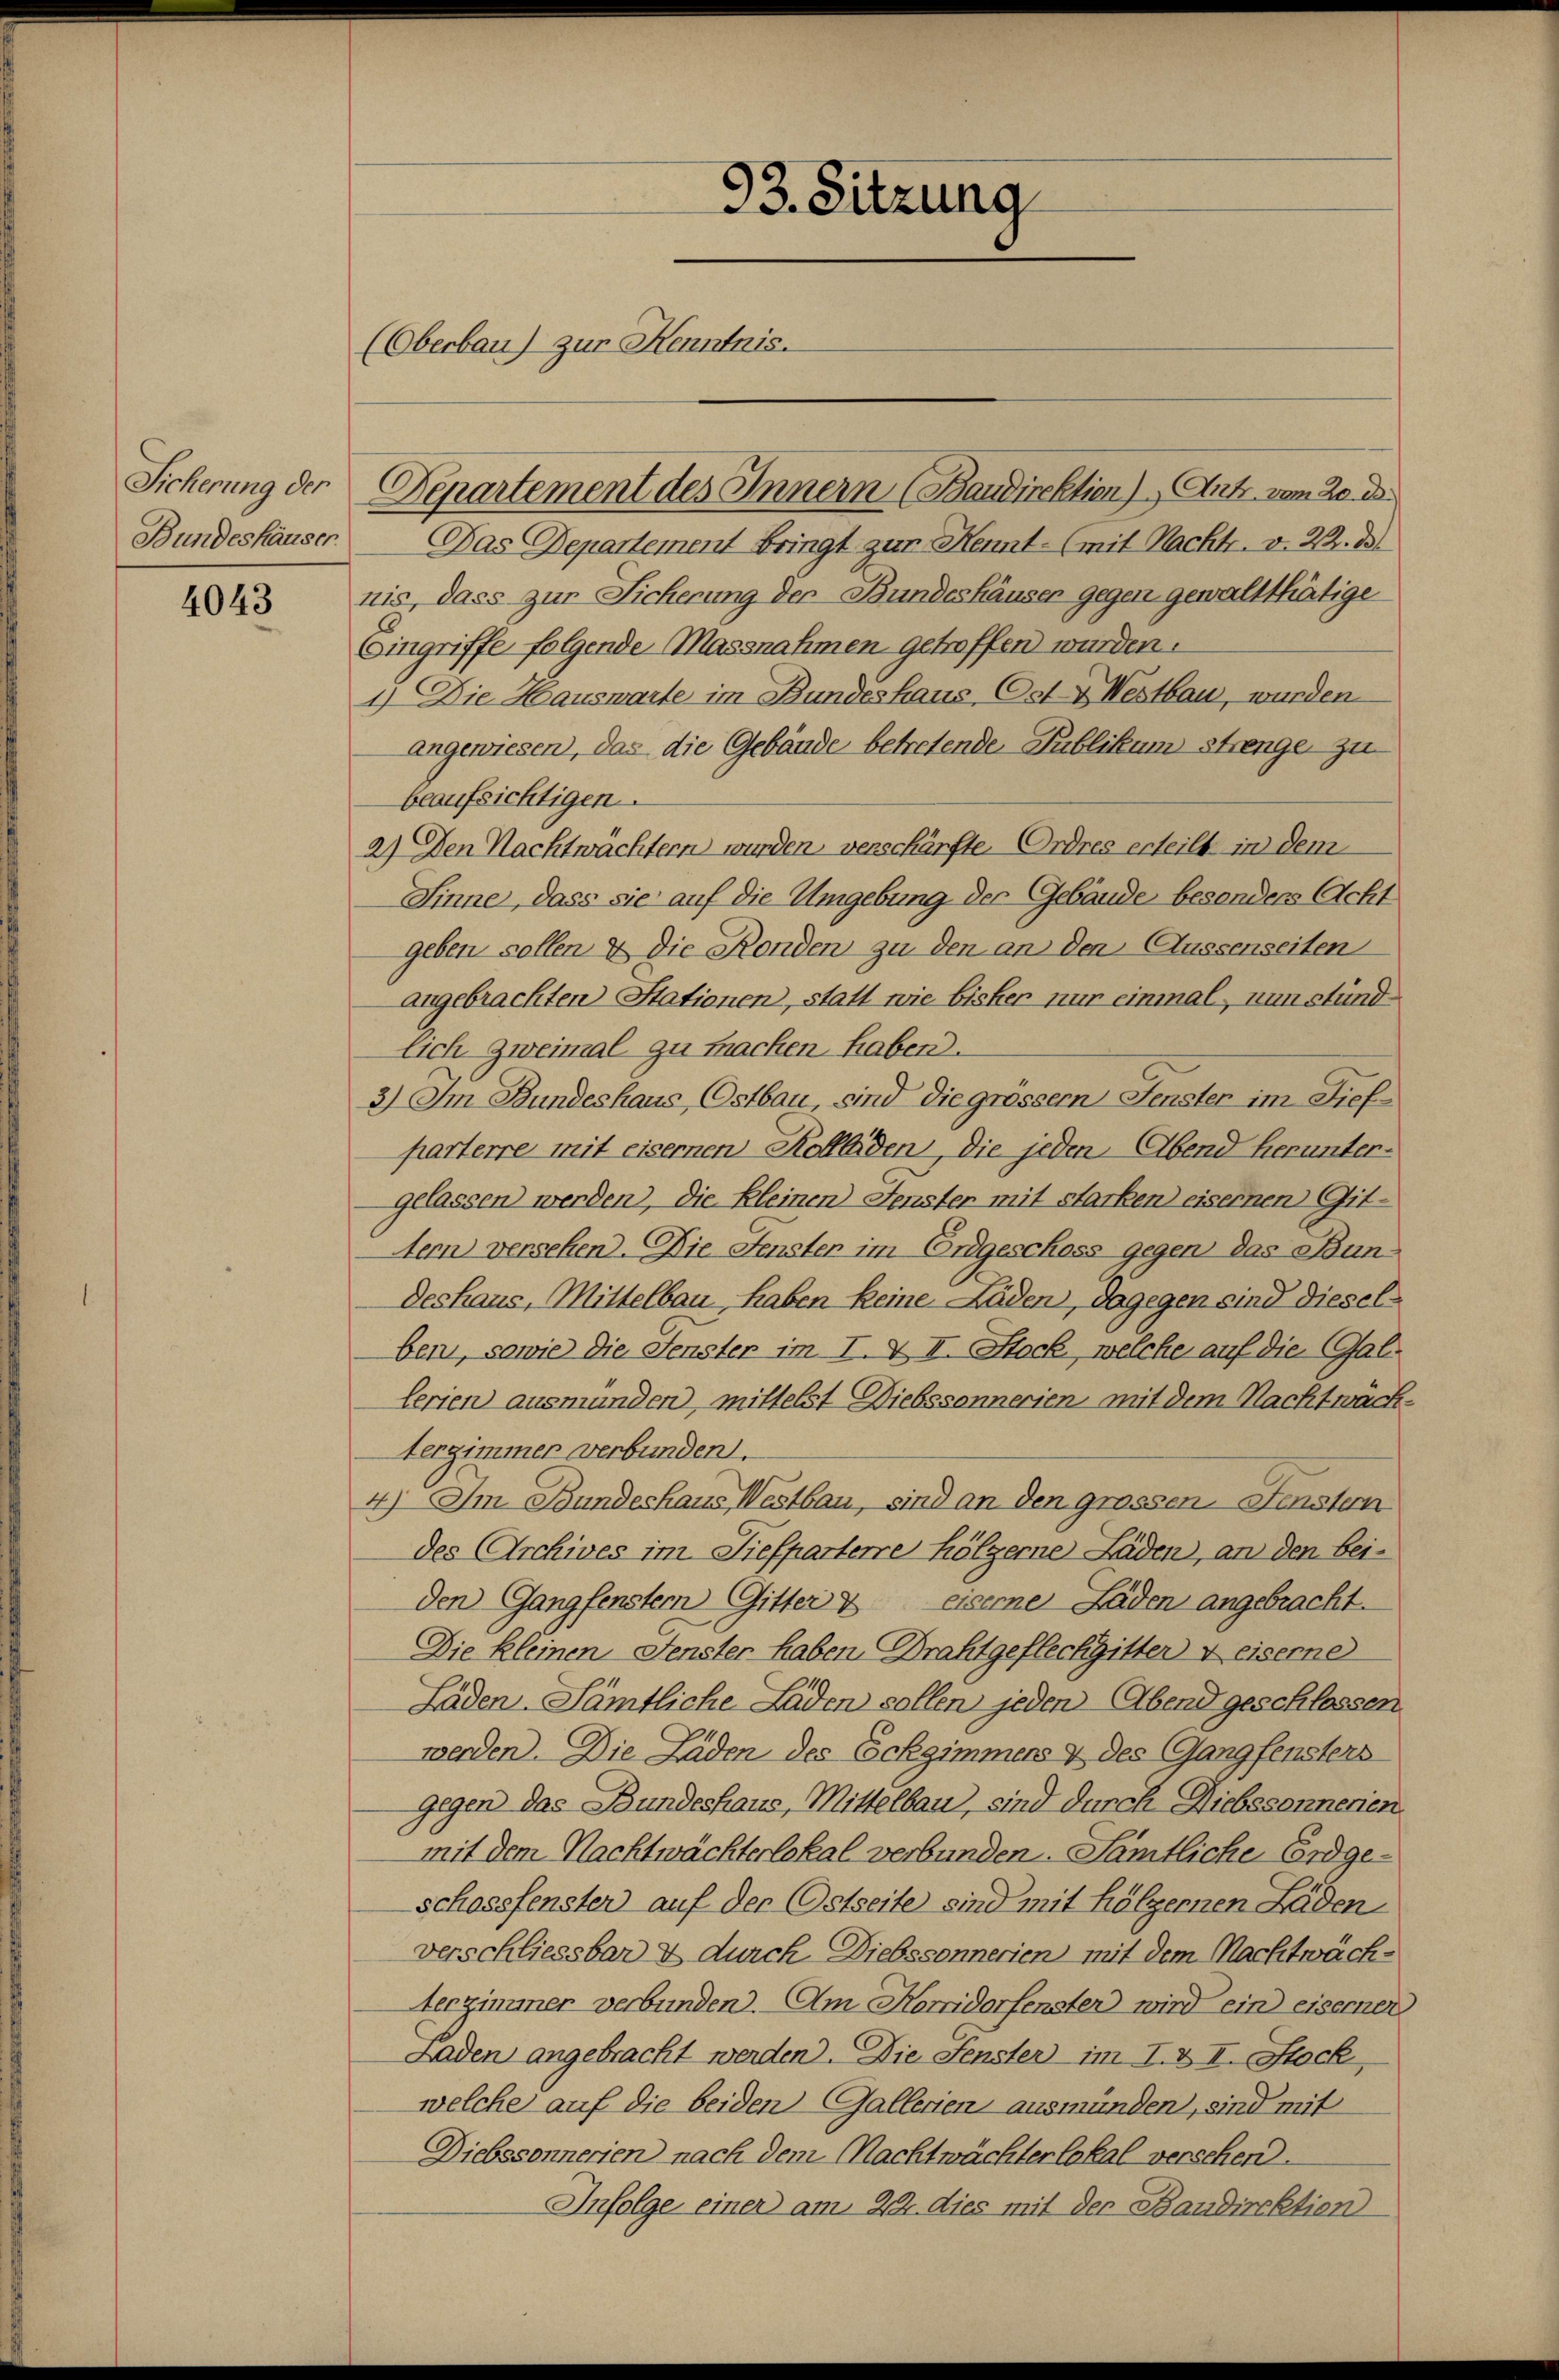
Sicherung der
Bundeshäuser.

4043

93. Sitzung
(Oberbau) zur Kenntnis.

Departement des Innern (Baudirektion) Antr. vom 20. d.
Das Departement bringt zur Kennt- (mit Nachtr. v. 22. d.
nis, dass zur Sicherung der Bundeshäuser gegen gewaltthätige
Eingriffe folgende Massnahmen getroffen wurden.
1.) Die Hauswarte im Bundeshaus Ost- & Westbau, wurden
angewiesen, das die Gebäude betretende Publikum strenge zu
beaufsichtigen.
a.) Den Nachtwächtern wurden, verschärfte Ordres erteilt in dem
Sinne, dass sie auf die Umgebung der Gebäude besonders Acht
geben sollen & die Konden zu den an den Aussenseiten
angebrachten Stationen, statt wie bisker nur einmal nun stundlich zweimal zu machen haben.
3) Im Bundeshaus Ostbau, sind die grossem Fenster im Tiefparterre mit eisernen Kollliden, die jeden Abend heruntergelassen werden), die Kleinen Fenster mit starken eisernen Git-
Aern versehen. Die Fensten im Erdgeschoss gegen das Bun¬
Deshaus, Mittelbau, haben keine Läden, dagegen sind dieselben, sowie die Fenster im I. & II. Stock, welche auf die Gallerien ausmünden, mittelst Diebssonnerien mit dem Nachtwäch¬
Verzimmer verbunden.
4) Im Bundeshaus Westbau, sind an den grossen Fenstern
des Archives im Tiefparterre Hölzerne Läden, an den bei-
den Gangfenstern Gitter & eiserne Läden angebracht.
Die kleinen Fenster haben Drahtgeflechgitter + eiserne
Läden-Sämtliche Laden sollen jeden Abend geschlossen.
werden. Die Laden des Eckgimmers & des Gangfensters
gegen das Bundeshaus, Mittelbau, sind durch Diebssonnerien.
mit dem Nachtwächterlokal verbunden. Sämtliche Erdgeschossfenster auf der Ostseite sind mit hölzernen Läden
verschliessbar & durch Diebssonnerien mit dem Nachtwächterzimmer verbunden. - Am Korridorfenster wird ein eiserner
Laden angebracht werden). Die Fenster im I. & II. Stock,
welche auf die beiden Gallerien ausmünden, sind mit
Diebssonnerien nach dem Machtwächterlokal verschen.
Infolge einer am 22. dies mit der Baudirektion